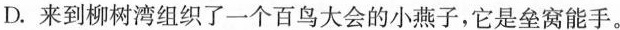
D.来到柳树湾组织了一个百鸟大会的小燕子，它是垒窝能手。